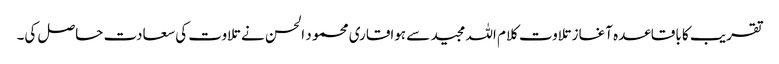
تقریب کا باقاعدہ آغاز تلاوت کلام اللہ مجید سے ہواقاری محمو د الحسن نے تلاوت کی سعادت حاصل کی۔